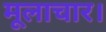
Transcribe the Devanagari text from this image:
मूलाचार।